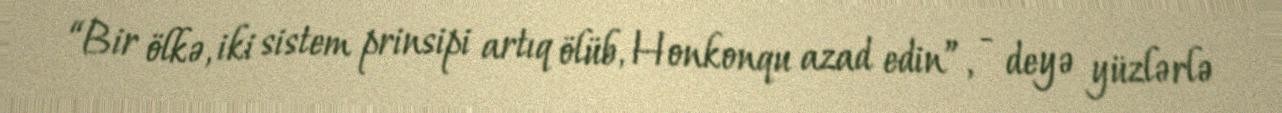
“Bir ölkə, iki sistem prinsipi artıq ölüb, Honkonqu azad edin”, - deyə yüzlərlə